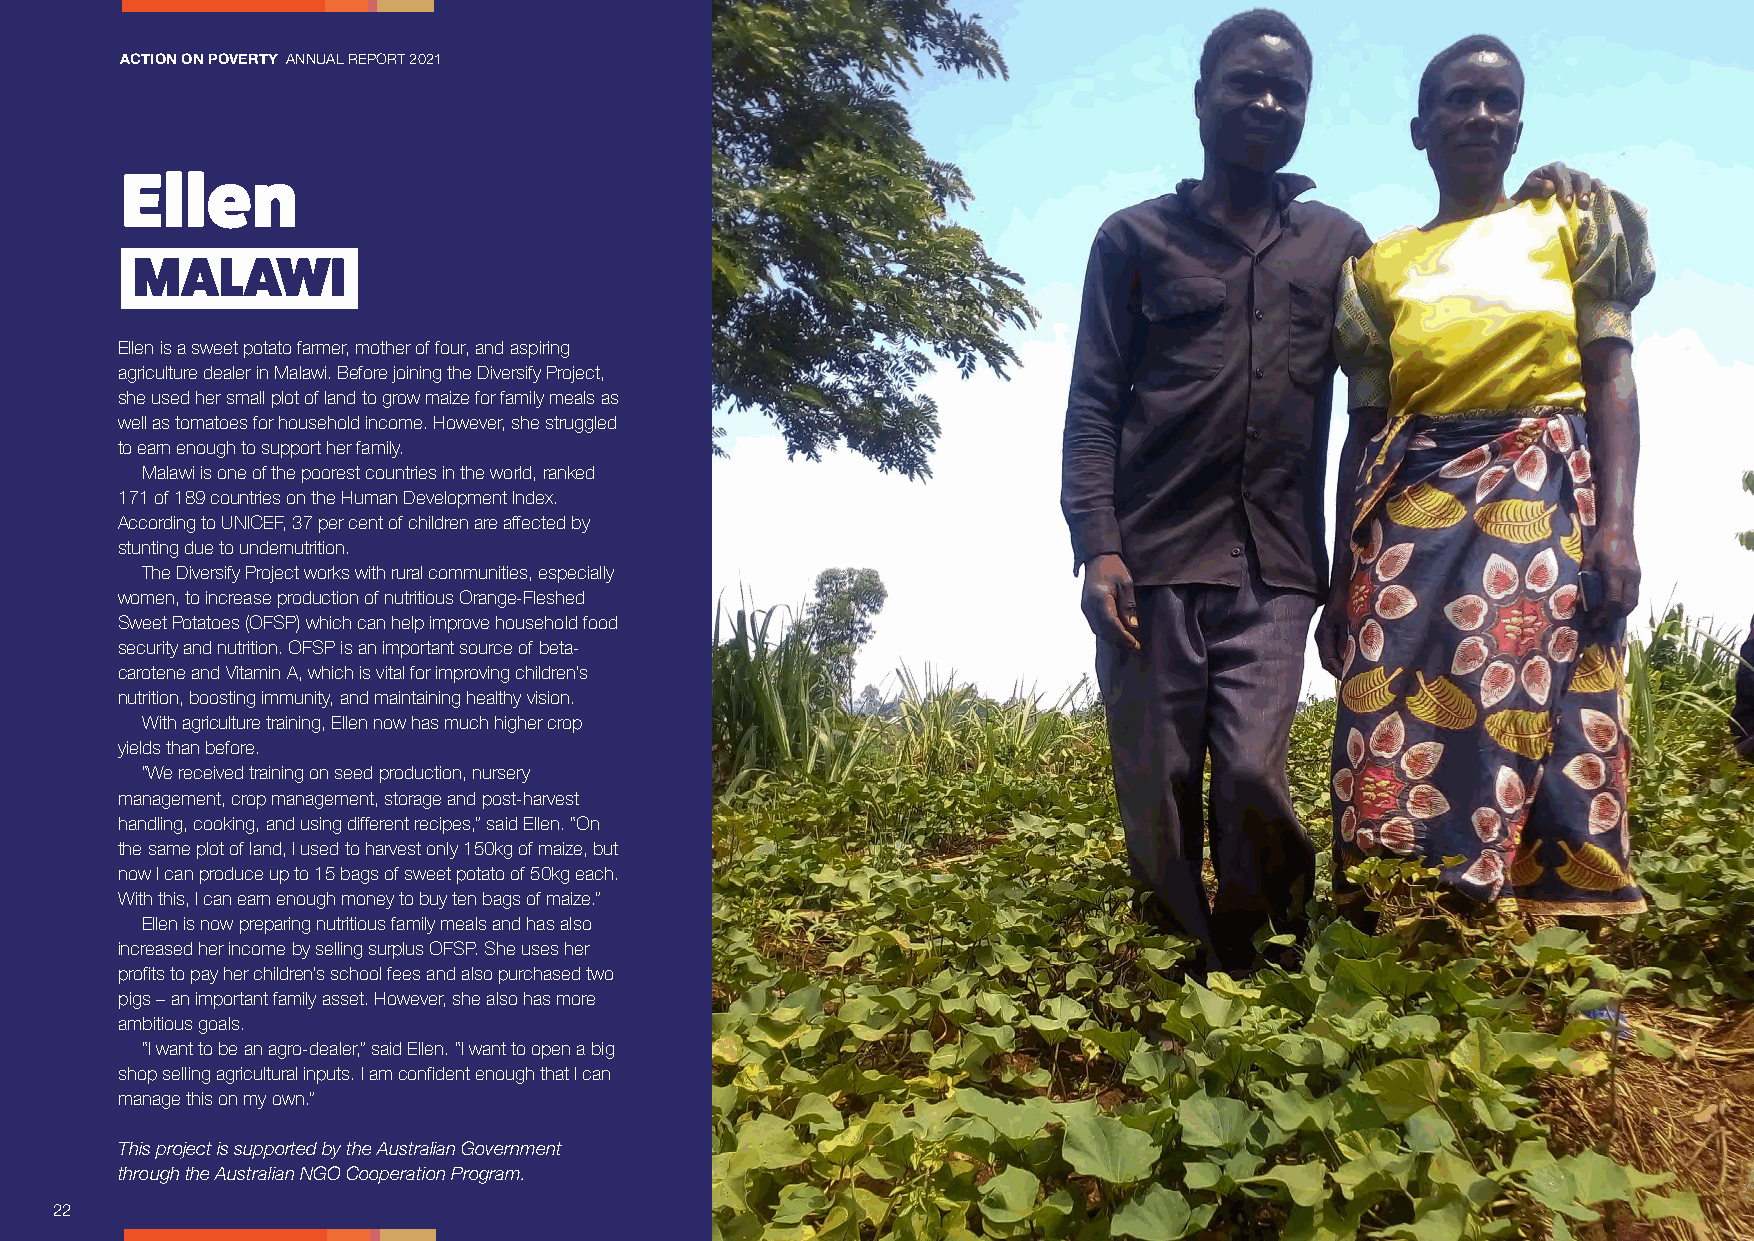
ACTION ON POVERTY ANNUAL REPORT 2021
 Ellen
 MALAWI
 Ellen is a sweet potato farmer, mother of four, and aspiring
 agriculture dealer in Malawi. Before joining the Diversify Project,
 she used her small plot of land to grow maize for family meals as
 well as tomatoes for household income. However, she struggled
 to earn enough to support her family.
 Malawi is one of the poorest countries in the world, ranked
 171 of 189 countries on the Human Development Index.
 According to UNICEF, 37 per cent of children are affected by
 stunting due to undernutrition.
 The Diversify Project works with rural communities, especially
 women, to increase production of nutritious Orange-Fleshed
 Sweet Potatoes (OFSP) which can help improve household food
 security and nutrition. OFSP is an important source of beta-
 carotene and Vitamin A, which is vital for improving children’s
 nutrition, boosting immunity, and maintaining healthy vision.
 With agriculture training, Ellen now has much higher crop
 yields than before.
 “We received training on seed production, nursery
 management, crop management, storage and post-harvest
 handling, cooking, and using different recipes,” said Ellen. “On
 the same plot of land, I used to harvest only 150kg of maize, but
 now I can produce up to 15 bags of sweet potato of 50kg each.
 With this, I can earn enough money to buy ten bags of maize.”
 Ellen is now preparing nutritious family meals and has also
 increased her income by selling surplus OFSP. She uses her
 profits to pay her children’s school fees and also purchased two
 pigs – an important family asset. However, she also has more
 ambitious goals.
 “I want to be an agro-dealer,” said Ellen. “I want to open a big
 shop selling agricultural inputs. I am confident enough that I can
 manage this on my own.”
 This project is supported by the Australian Government
 through the Australian NGO Cooperation Program.
 22